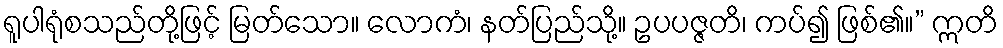
ရူပါရုံစသည်တို့ဖြင့် မြတ်သော။ လောကံ၊ နတ်ပြည်သို့။ ဥပပဇ္ဇတိ၊ ကပ်၍ ဖြစ်၏။” ဣတိ